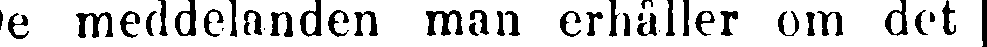
De meddelanden man erhåller om det